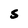
Character: S